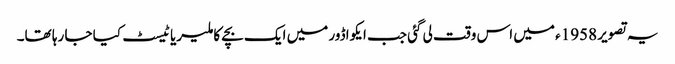
یہ تصویر 1958ء میں اس وقت لی گئی جب ایکواڈور میں ایک بچے کا ملیریا ٹیسٹ کیا جا رہا تھا۔